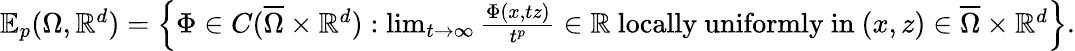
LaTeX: \begin{array}{r}{\mathbb{E}_{p}(\Omega,\mathbb{R}^{d})=\left\{ \Phi\in C(\overline{{\Omega}}\times\mathbb{R}^{d}):\operatorname*{lim}_{t\to\infty}\frac{\Phi(x,tz)}{t^{p}}\in\mathbb{R}\mathrm{~locally~uniformly~in~}(x,z)\in\overline{{\Omega}}\times\mathbb{R}^{d}\right\} .}\end{array}